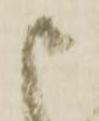
申